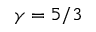
\gamma = 5 / 3